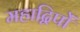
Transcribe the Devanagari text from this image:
महाद्विपों